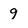
Character: 9